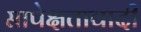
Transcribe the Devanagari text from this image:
सापेक्षतावादी